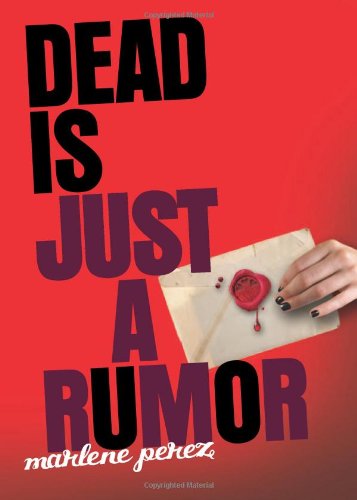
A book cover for Dead Is Just a Rumor; Marlene Perez; Teen & Young Adult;